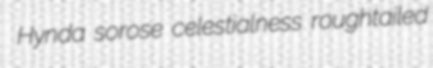
Hynda sorose celestialness roughtailed